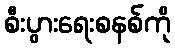
စီးပွားရေးစနစ်ကို